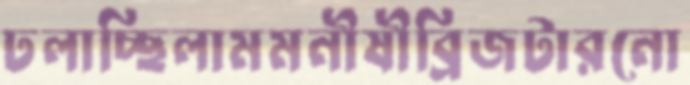
ঢলাচ্ছিলামমনীষীব্রিজটারনো